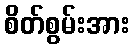
စိတ်စွမ်းအား